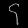
Digit: ၄